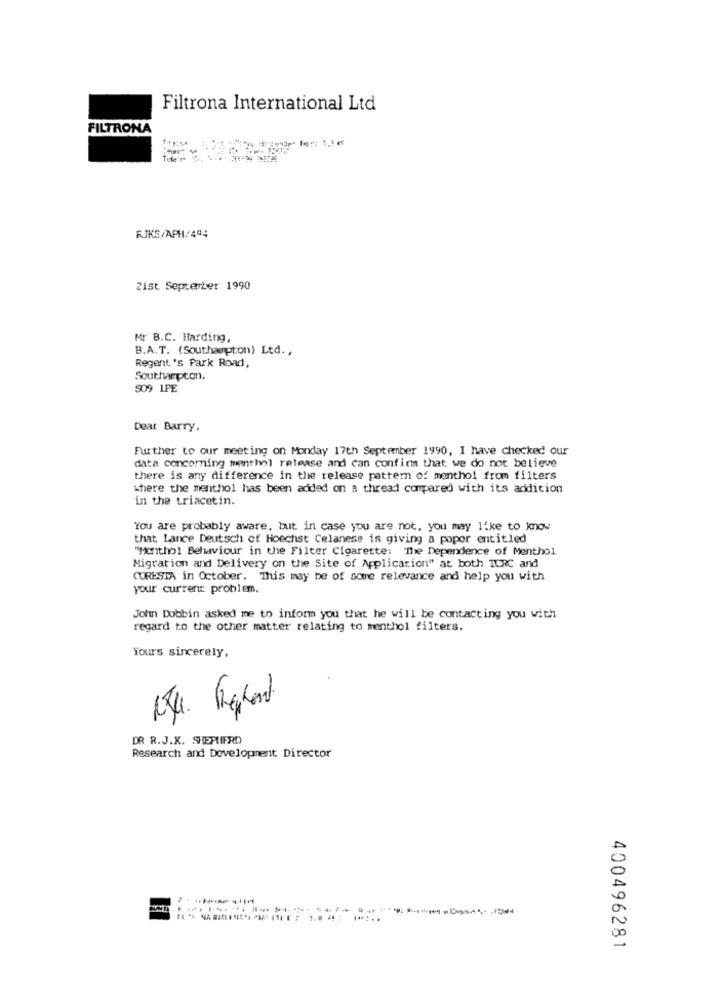
Filtrona International Ltd
FILTRONA
RJKS/APH/444
21st September 1990
Mr B.C. Harding,
B.A.T. (Southampton) Ltd .,
Regent's Park Road,
Southampton.
509 1PE
Dear Barry.
Further to our meeting on Monday 17th September 1990, I have checked our
data concerning menthol release and can confirm that we do not believe
there is any difference in the release pattern of menthol from filters
where the menthol has been added on a thread compared with its addition
in the triacetin.
You are probably aware, but in case you are not, you may like to know
that Lance Deutsch of Hoechst Celanese is giving a popor entitled
"Morithol Behaviour in the Filter Cigarette: "The Dependence of Menthol
Migration and Delivery on the Site of Application" at both TURC and
CORESTA in October. This may be of some relevance and help you with
your current problem.
John Dobbin asked me to inform you that he will be contacting you with
regard to the other matter relating to menthol filters.
Yours sincerely,
2
DR R.J.K. SHEPHERD
Research and Development Director
A
00
400496281